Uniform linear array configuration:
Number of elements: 16
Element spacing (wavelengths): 1
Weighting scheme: uniform
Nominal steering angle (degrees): -45
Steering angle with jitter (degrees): -46.65
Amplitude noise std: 0.05
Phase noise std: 0.05

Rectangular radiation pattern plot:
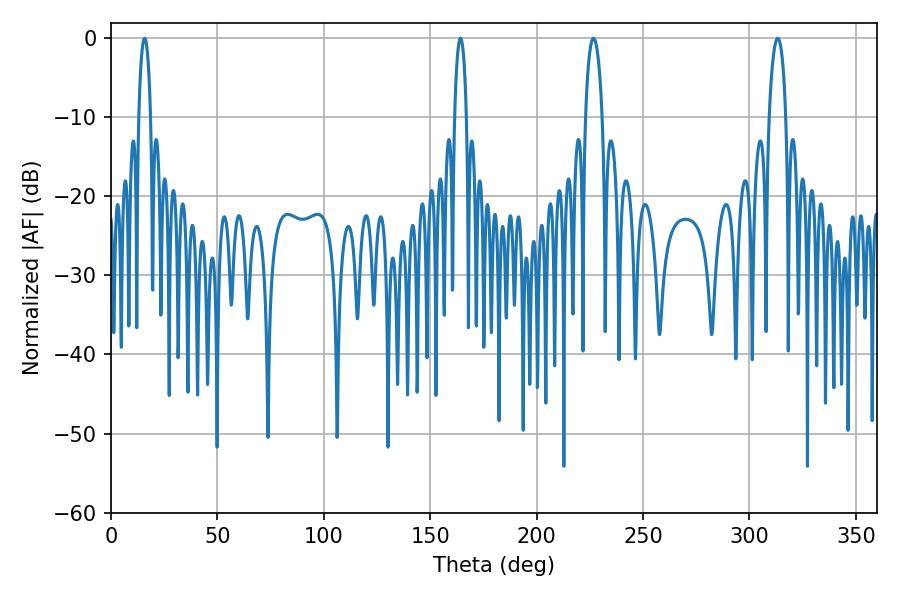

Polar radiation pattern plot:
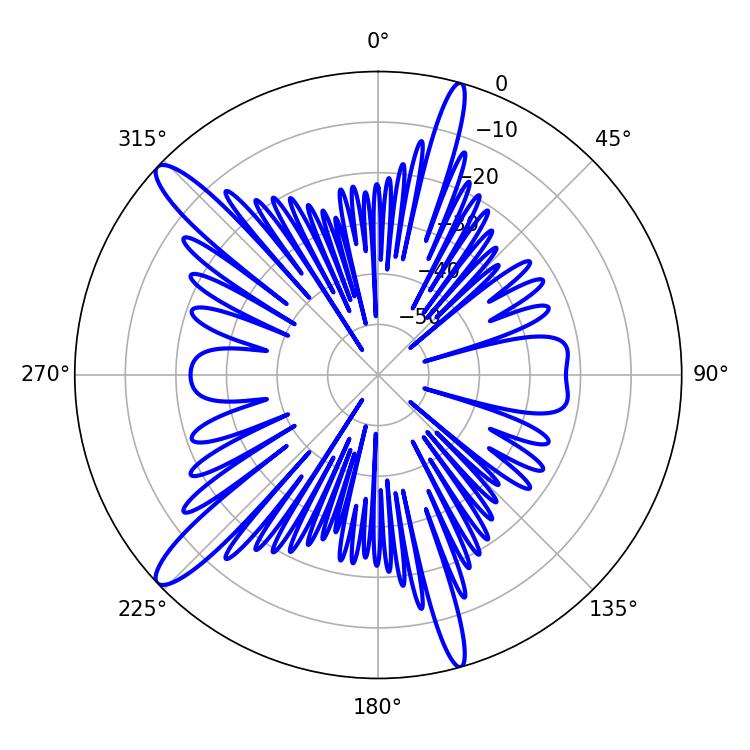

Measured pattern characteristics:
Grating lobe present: TRUE
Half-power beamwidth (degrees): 3.06
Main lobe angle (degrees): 164.16